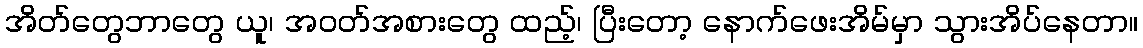
အိတ်တွေဘာတွေ ယူ၊ အဝတ်အစားတွေ ထည့်၊ ပြီးတော့ နောက်ဖေးအိမ်မှာ သွားအိပ်နေတာ။